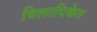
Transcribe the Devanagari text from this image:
विलापिकेत